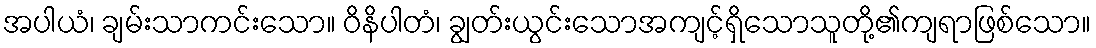
အပါယံ၊ ချမ်းသာကင်းသော။ ဝိနိပါတံ၊ ချွတ်းယွင်းသောအကျင့်ရှိသောသူတို့၏ကျရာဖြစ်သော။